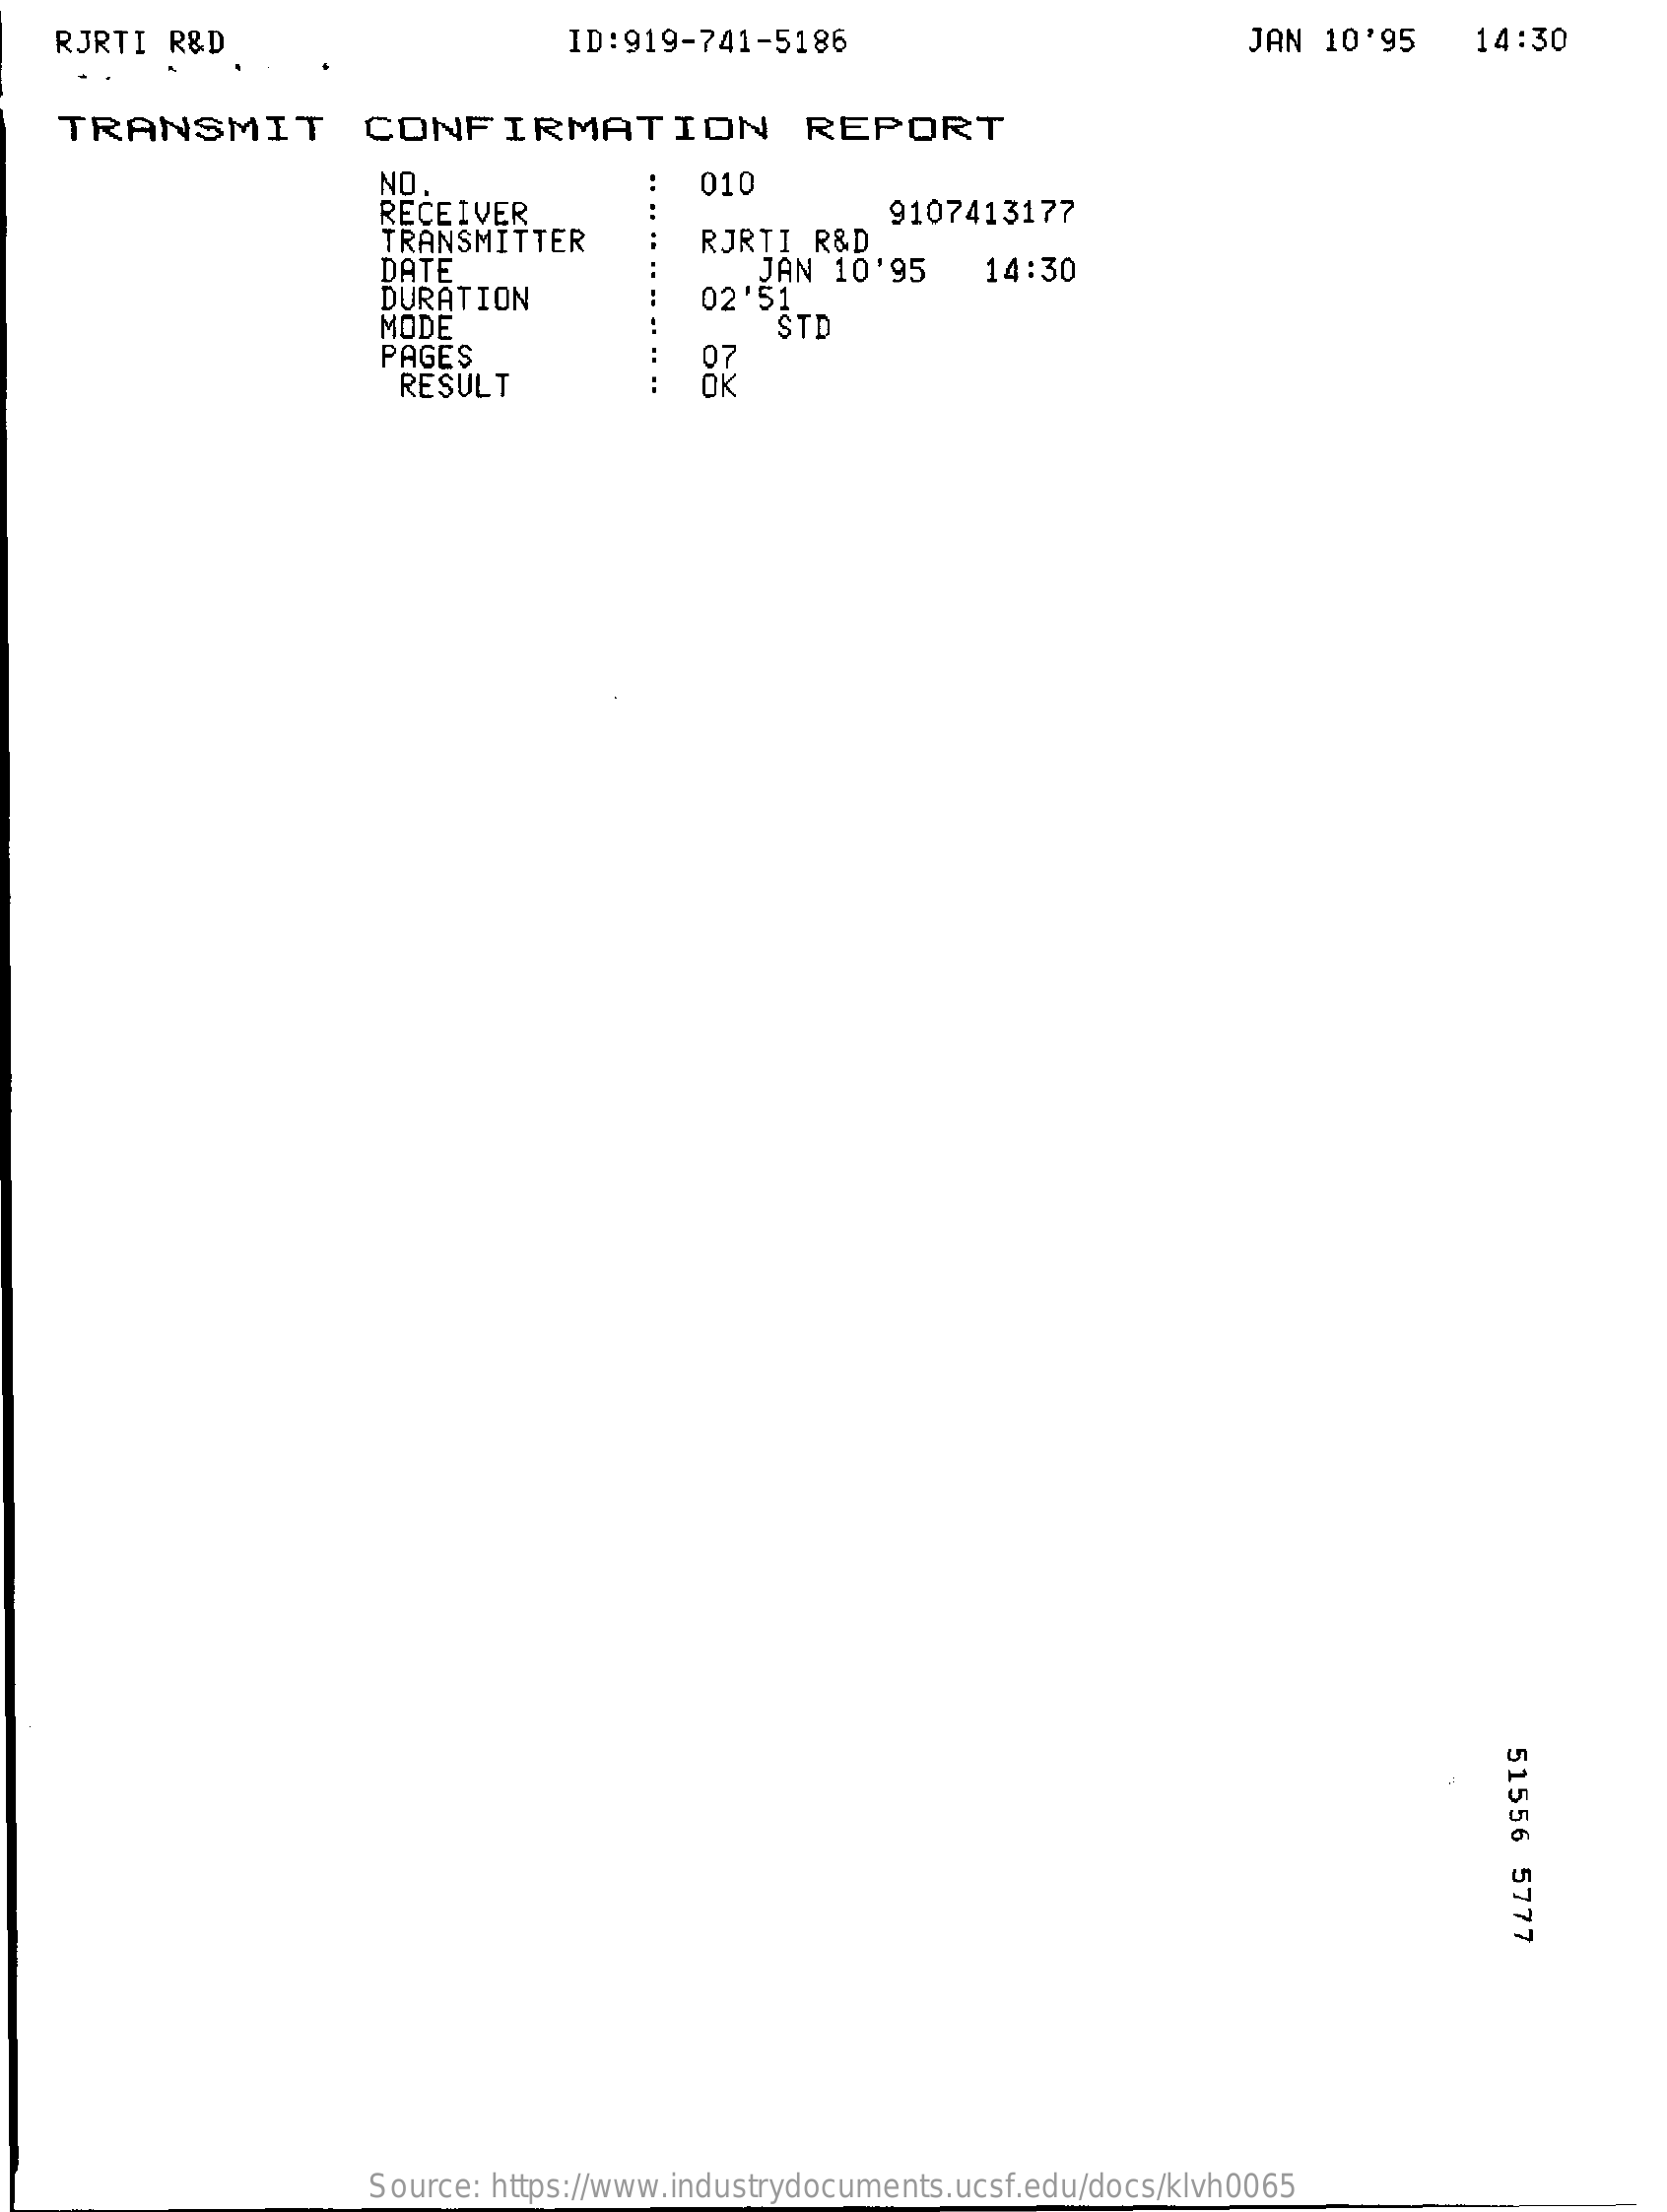
RJRTI  R&D    ID:919-741-5186    JAN 10'95    14:30
    TRANSMIT    CONFIRMATION    REPORT
     NO
     RECEIVER
     010
     TRANSMITTER    RJRTI  R&D
     9107413177
     DATE
     DURATION
     JAN  10'95
     02 '51
     14:30
     MODE
     PAGES
     STD
     RESULT
     51556
     5777
     Source: https://www.industrydocuments.ucsf.edu/docs/klvh0065